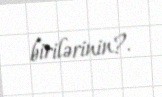
birilərinin?.